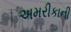
અમરીકાની